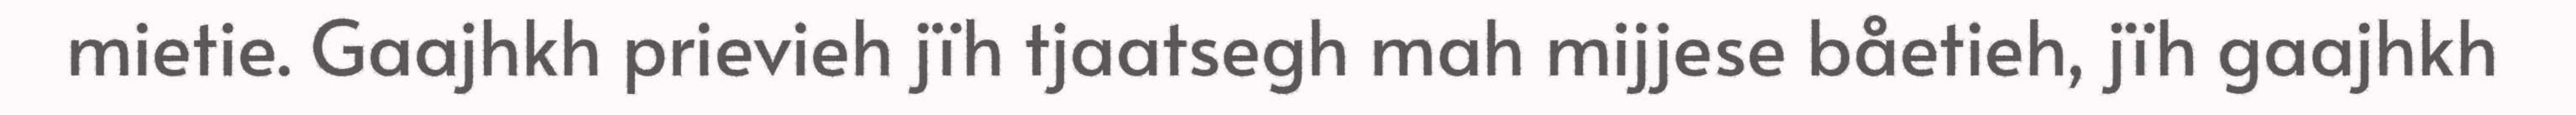
mietie. Gaajhkh prievieh jïh tjaatsegh mah mijjese båetieh, jïh gaajhkh